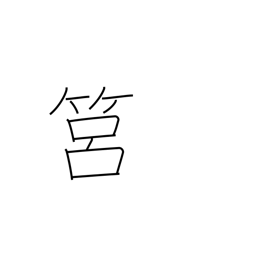
Meaning: round basket